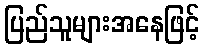
ပြည်သူများအနေဖြင့်